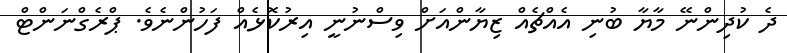
ދެ ކުދިންނޭ މާޔާ ބުނި އެއްޗެއް ޒިޔާންއަށް ވިސްނުނީ އިރުކޮޅެއް ފަހުންނެވެ. ޕްރެގްނަންޓް